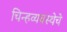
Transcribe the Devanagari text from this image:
चिन्हव्यवस्थेचे